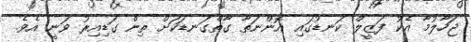
ޖަހާލުމާ އެކު ފަޒީލް ކަނޑުގައި އޮންނަތާ ގާތްގަނޑަކަށް ތިން ގަޑިއިރު ވަނީ އެވެ.